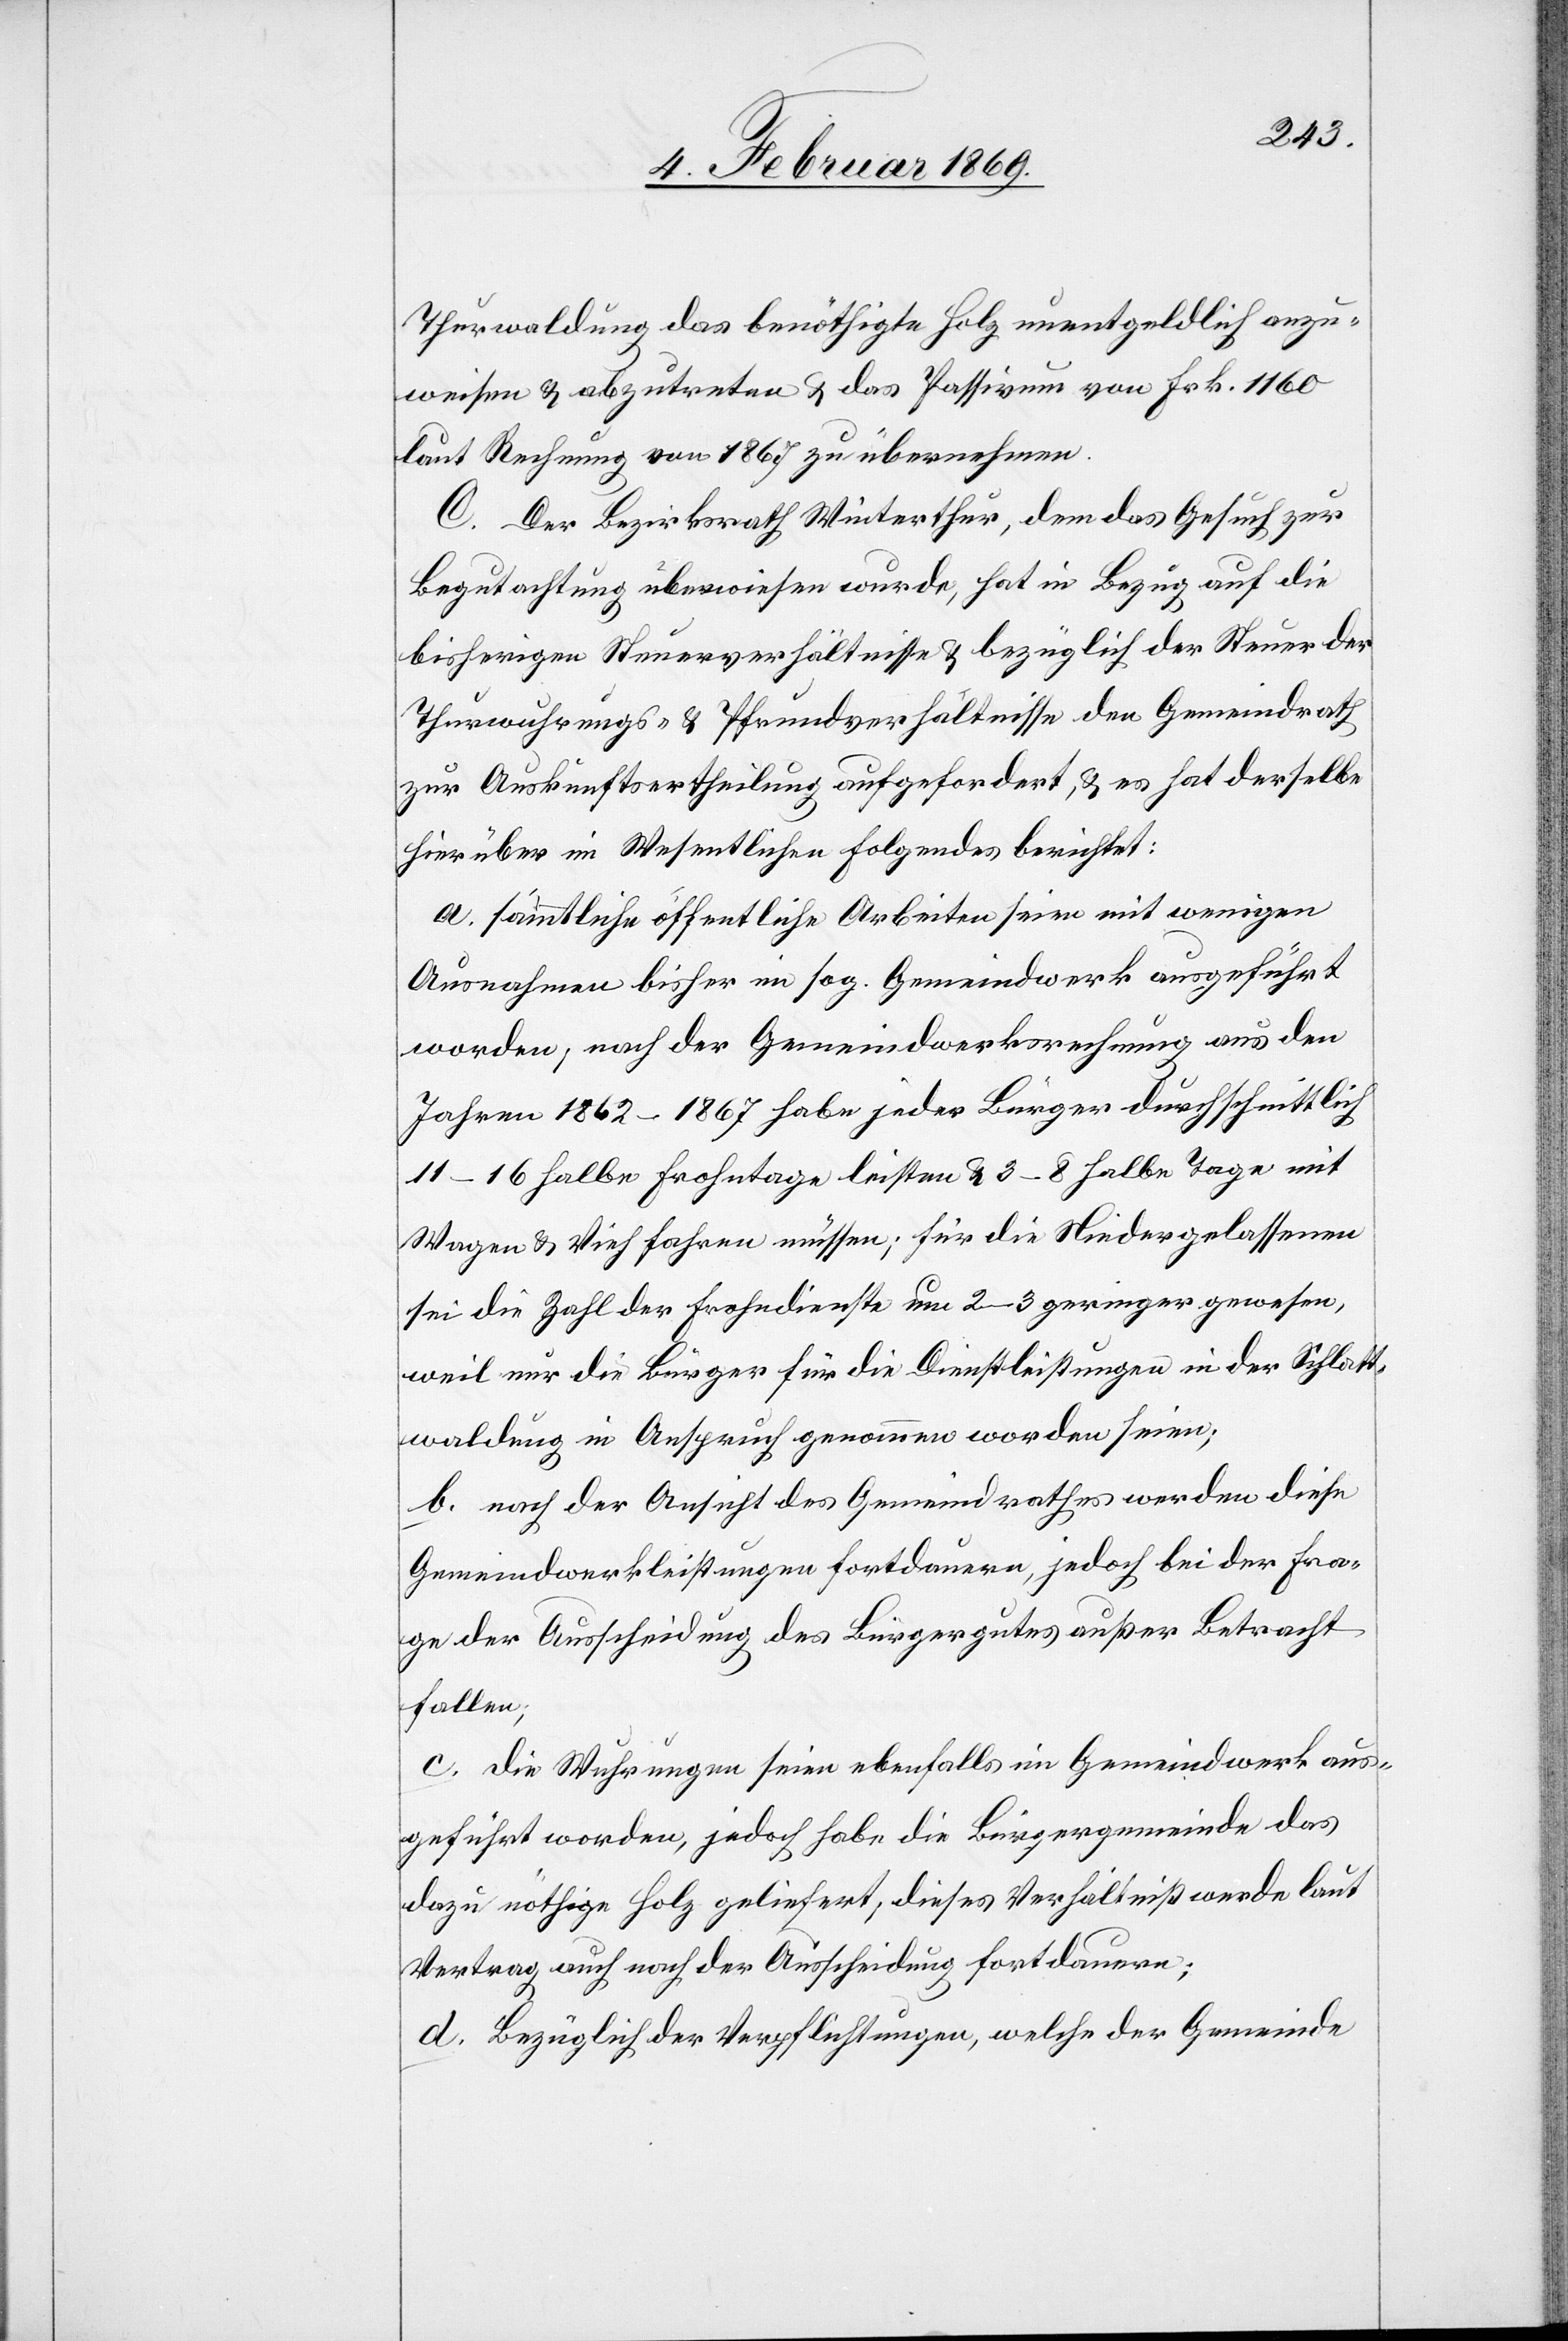
Thurwaldung das benöthigte Holz unentgeldlich anzu¬
weisen & abzutreten & das Passivum von Frk. 1160
laut Rechnung von 1867 zu übernehmen.
C. Der Bezirksrath Winterthur, dem das Gesuch zur
Begutachtung überwiesen wurde, hat in Bezug auf die
bisherigen Steuerverhältnisse & bezüglich der Steuer der
Thurwuhrungs- & Pfrundverhältnisse den Gemeindrath
zur Auskunftsertheilung aufgefordert, & es hat derselbe
hierüber im Wesentlichen folgendes berichtet:
a. sämmtliche öffentliche Arbeiten seien mit wenigen
Ausnahmen bisher im sog. Gemeindwerk ausgeführt
worden, nach der Gemeindwerksrechnung aus den
Jahren 1862–1867 habe jeder Bürger durchschnittlich
11–16 halbe Frohntage leisten & 3–8 halbe Tage mit
Wagen & Vieh fahren müssen; für die Niedergelassenen
sei die Zahl der Frohndienste um 2–3 geringer gewesen,
weil nur die Bürger für die Dienstleistungen in der Schlatt¬
waldung in Anspruch genommen worden seien;
b. nach der Ansicht des Gemeindrathes werden diese
Gemeindwerkleistungen fortdauern, jedoch bei der Fra¬
ge der Ausscheidung des Bürgergutes außer Betracht
fallen;
c. die Wuhrungen seien ebenfalls im Gemeindwerk aus¬
geführt worden, jedoch habe die Bürgergemeinde das
dazu nöthige Holz geliefert, dieses Verhältniß werde laut
Vertrag auch nach der Ausscheidung fortdauern;
d. Bezüglich der Verpflichtungen, welche der Gemeinde